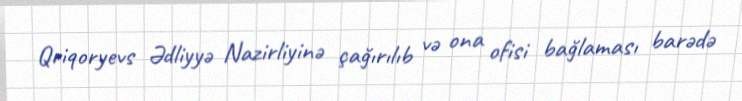
Qriqoryevs Ədliyyə Nazirliyinə çağırılıb və ona ofisi bağlaması barədə